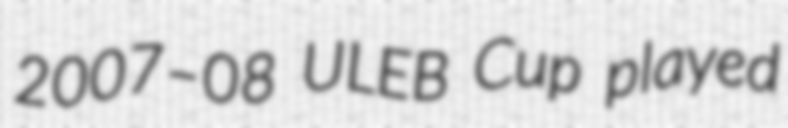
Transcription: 2007–08 ULEB Cup played